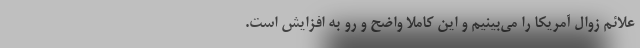
علائم زوال آمریکا را می‌بینیم و این کاملا واضح و رو به افزایش است.